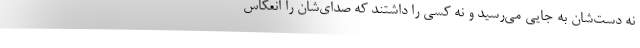
نه دست‌شان به جايي مي‌رسيد و نه كسي را داشتند كه صداي‌شان را انعكاس